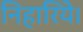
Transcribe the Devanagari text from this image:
निहारिये।